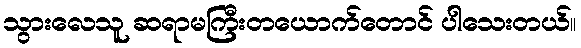
သွားလေသူ ဆရာမကြီးတယောက်တောင် ပါသေးတယ်။